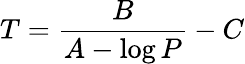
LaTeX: T={\frac{B}{A-\log P}}-C